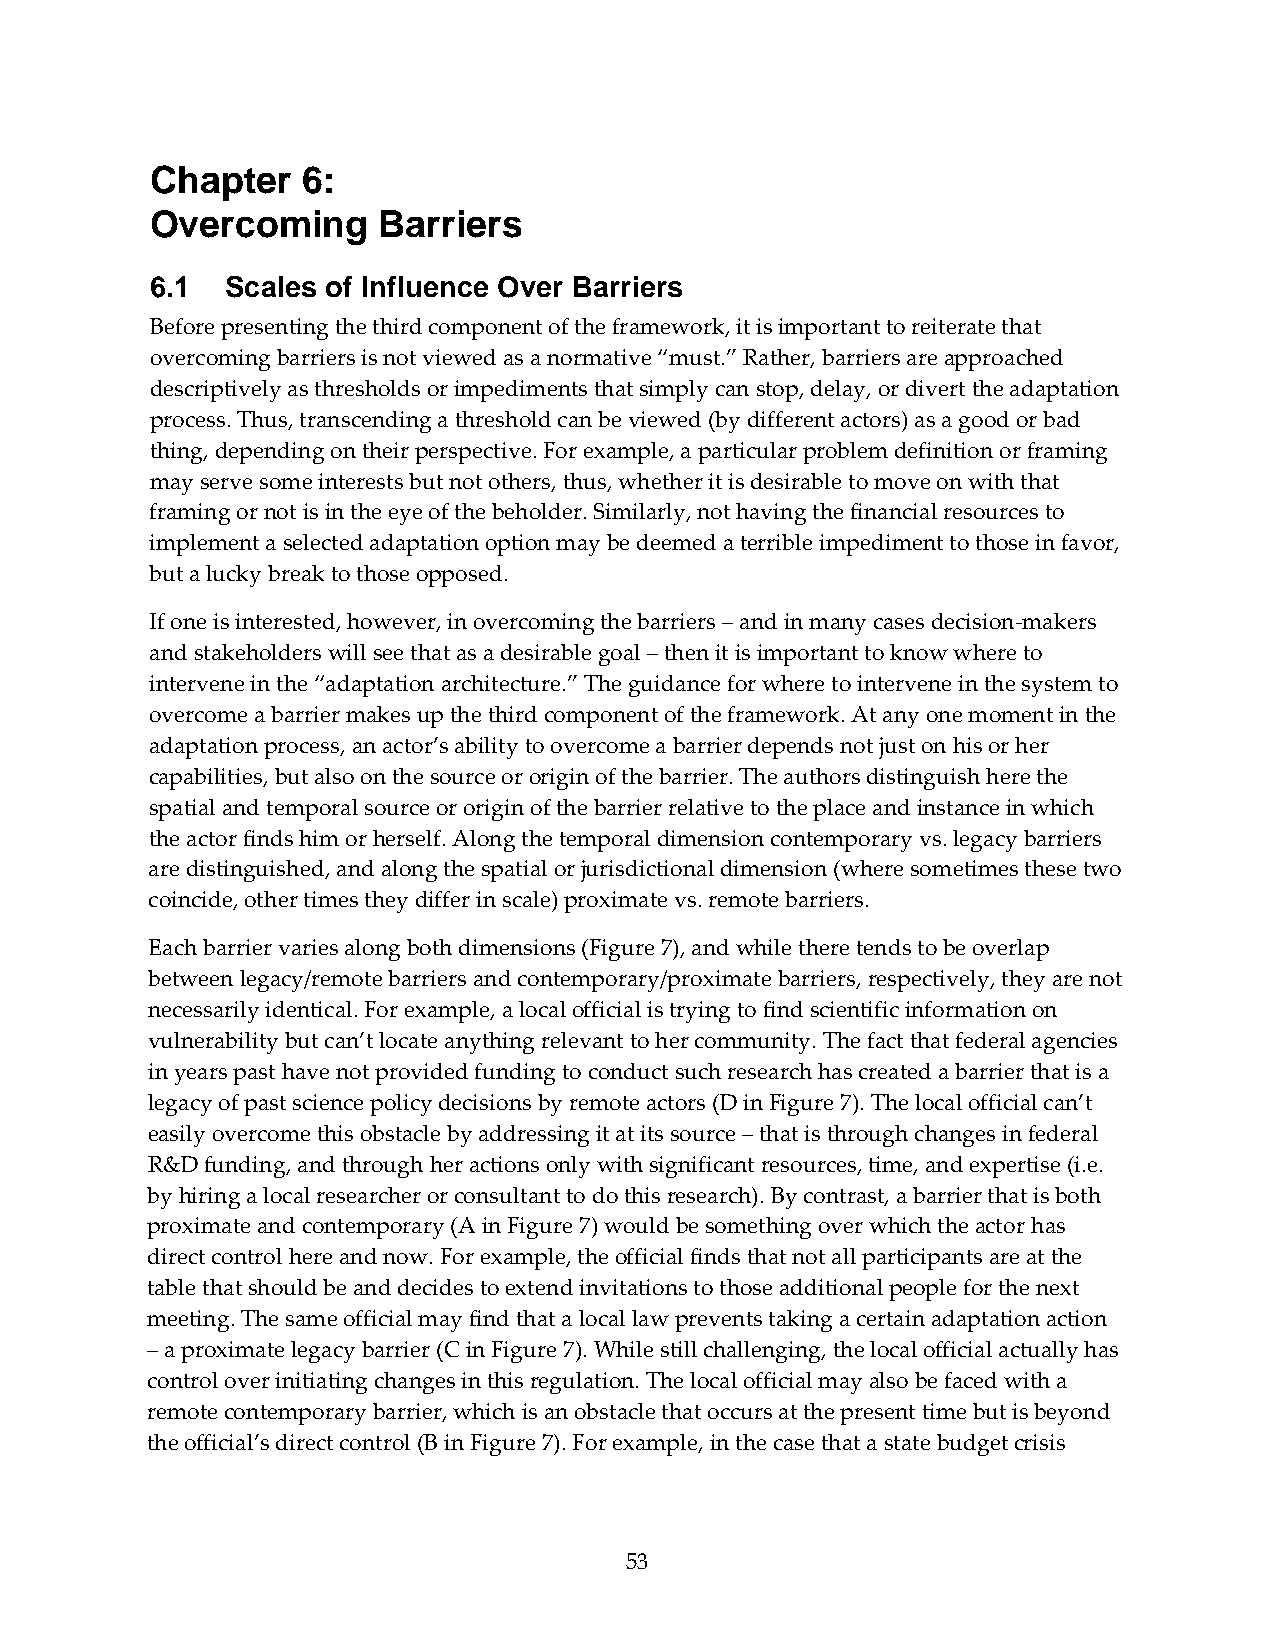
Chapter   6:
 Overcoming     Barriers
 6.1  Scales of Influence Over Barriers
 Before presenting the third component of the framework, it is important to reiterate that
 overcoming barriers is not viewed as a normative “must.” Rather, barriers are approached
 descriptively as thresholds or impediments that simply can stop, delay, or divert the adaptation
 process. Thus, transcending a threshold can be viewed (by different actors) as a good or bad
 thing, depending on their perspective. For example, a particular problem definition or framing
 may serve some interests but not others, thus, whether it is desirable to move on with that
 framing or not is in the eye of the beholder. Similarly, not having the financial resources to
 implement a selected adaptation option may be deemed a terrible impediment to those in favor,
 but a lucky break to those opposed.
 If one is interested, however, in overcoming the barriers – and in many cases decision‐makers
 and stakeholders will see that as a desirable goal – then it is important to know where to
 intervene in the “adaptation architecture.” The guidance for where to intervene in the system to
 overcome a barrier makes up the third component of the framework. At any one moment in the
 adaptation process, an actor’s ability to overcome a barrier depends not just on his or her
 capabilities, but also on the source or origin of the barrier. The authors distinguish here the
 spatial and temporal source or origin of the barrier relative to the place and instance in which
 the actor finds him or herself. Along the temporal dimension contemporary vs. legacy barriers
 are distinguished, and along the spatial or jurisdictional dimension (where sometimes these two
 coincide, other times they differ in scale) proximate vs. remote barriers.
 Each barrier varies along both dimensions (Figure 7), and while there tends to be overlap
 between legacy/remote barriers and contemporary/proximate barriers, respectively, they are not
 necessarily identical. For example, a local official is trying to find scientific information on
 vulnerability but can’t locate anything relevant to her community. The fact that federal agencies
 in years past have not provided funding to conduct such research has created a barrier that is a
 legacy of past science policy decisions by remote actors (D in Figure 7). The local official can’t
 easily overcome this obstacle by addressing it at its source – that is through changes in federal
 R&D funding, and through her actions only with significant resources, time, and expertise (i.e.
 by hiring a local researcher or consultant to do this research). By contrast, a barrier that is both
 proximate and contemporary (A in Figure 7) would be something over which the actor has
 direct control here and now. For example, the official finds that not all participants are at the
 table that should be and decides to extend invitations to those additional people for the next
 meeting. The same official may find that a local law prevents taking a certain adaptation action
 – a proximate legacy barrier (C in Figure 7). While still challenging, the local official actually has
 control over initiating changes in this regulation. The local official may also be faced with a
 remote contemporary barrier, which is an obstacle that occurs at the present time but is beyond
 the official’s direct control (B in Figure 7). For example, in the case that a state budget crisis
 53